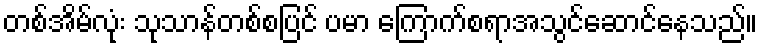
တစ်အိမ်လုံး သုသာန်တစ်စပြင် ပမာ ကြောက်စရာအသွင်ဆောင်နေသည်။